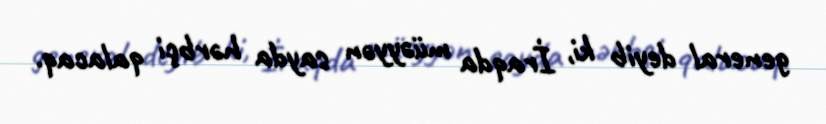
general deyib ki, İraqda müəyyən sayda hərbçi qalacaq.